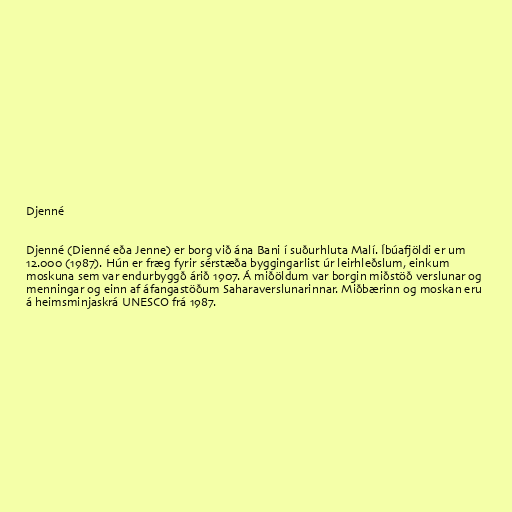
Djenné

Djenné (Dienné eða Jenne) er borg við ána Bani í suðurhluta Malí. Íbúafjöldi er um
12.000 (1987). Hún er fræg fyrir sérstæða byggingarlist úr leirhleðslum, einkum
moskuna sem var endurbyggð árið 1907. Á miðöldum var borgin miðstöð verslunar og
menningar og einn af áfangastöðum Saharaverslunarinnar. Miðbærinn og moskan eru
á heimsminjaskrá UNESCO frá 1987.